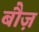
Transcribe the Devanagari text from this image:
बौज़